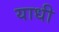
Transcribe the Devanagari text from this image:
याधी